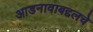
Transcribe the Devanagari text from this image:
आडनावाबद्दलचे